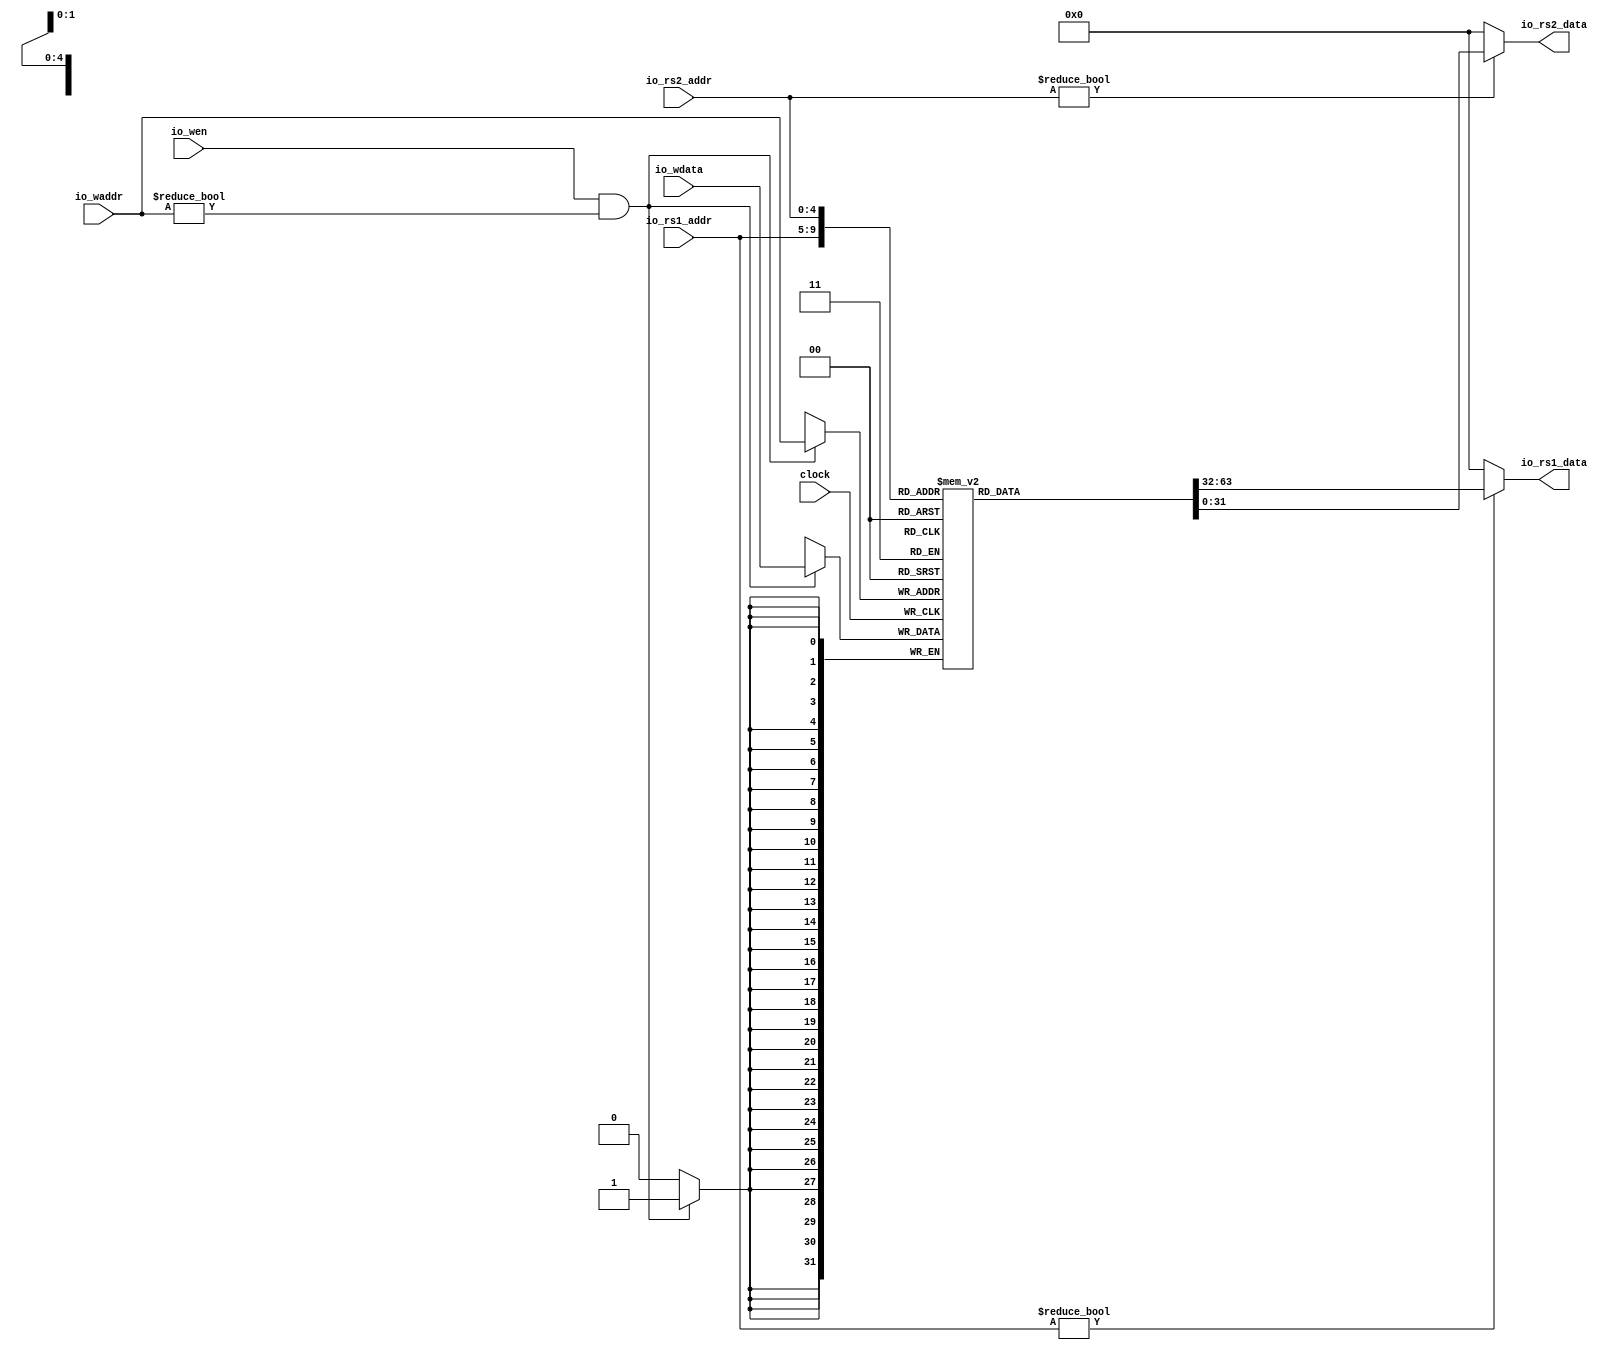
module Regfile( // @[:@4893.2]
  input         clock, // @[:@4894.4]
  input  [4:0]  io_rs1_addr, // @[:@4896.4]
  output [31:0] io_rs1_data, // @[:@4896.4]
  input  [4:0]  io_rs2_addr, // @[:@4896.4]
  output [31:0] io_rs2_data, // @[:@4896.4]
  input  [4:0]  io_waddr, // @[:@4896.4]
  input  [31:0] io_wdata, // @[:@4896.4]
  input         io_wen // @[:@4896.4]
);
  reg [31:0] regfile [0:31]; // @[Regfile.scala 24:21:@4898.4]
  reg [31:0] _RAND_0;
  wire [31:0] regfile__T_27_data; // @[Regfile.scala 24:21:@4898.4]
  wire [4:0] regfile__T_27_addr; // @[Regfile.scala 24:21:@4898.4]
  wire [31:0] regfile__T_32_data; // @[Regfile.scala 24:21:@4898.4]
  wire [4:0] regfile__T_32_addr; // @[Regfile.scala 24:21:@4898.4]
  wire [31:0] regfile__T_24_data; // @[Regfile.scala 24:21:@4898.4]
  wire [4:0] regfile__T_24_addr; // @[Regfile.scala 24:21:@4898.4]
  wire  regfile__T_24_mask; // @[Regfile.scala 24:21:@4898.4]
  wire  regfile__T_24_en; // @[Regfile.scala 24:21:@4898.4]
  wire  _T_22; // @[Regfile.scala 26:30:@4899.4]
  wire  _T_26; // @[Regfile.scala 30:35:@4905.4]
  wire  _T_31; // @[Regfile.scala 31:35:@4909.4]
  assign regfile__T_27_addr = io_rs1_addr;
  assign regfile__T_27_data = regfile[regfile__T_27_addr]; // @[Regfile.scala 24:21:@4898.4]
  assign regfile__T_32_addr = io_rs2_addr;
  assign regfile__T_32_data = regfile[regfile__T_32_addr]; // @[Regfile.scala 24:21:@4898.4]
  assign regfile__T_24_data = io_wdata;
  assign regfile__T_24_addr = io_waddr;
  assign regfile__T_24_mask = 1'h1;
  assign regfile__T_24_en = io_wen & _T_22;
  assign _T_22 = io_waddr != 5'h0; // @[Regfile.scala 26:30:@4899.4]
  assign _T_26 = io_rs1_addr != 5'h0; // @[Regfile.scala 30:35:@4905.4]
  assign _T_31 = io_rs2_addr != 5'h0; // @[Regfile.scala 31:35:@4909.4]
  assign io_rs1_data = _T_26 ? regfile__T_27_data : 32'h0; // @[Regfile.scala 30:16:@4908.4]
  assign io_rs2_data = _T_31 ? regfile__T_32_data : 32'h0; // @[Regfile.scala 31:16:@4912.4]
`ifdef RANDOMIZE_GARBAGE_ASSIGN
`define RANDOMIZE
`endif
`ifdef RANDOMIZE_INVALID_ASSIGN
`define RANDOMIZE
`endif
`ifdef RANDOMIZE_REG_INIT
`define RANDOMIZE
`endif
`ifdef RANDOMIZE_MEM_INIT
`define RANDOMIZE
`endif
`ifndef RANDOM
`define RANDOM $random
`endif
`ifdef RANDOMIZE
  integer initvar;
  initial begin
    `ifdef INIT_RANDOM
      `INIT_RANDOM
    `endif
    `ifndef VERILATOR
      #0.002 begin end
    `endif
  _RAND_0 = {1{`RANDOM}};
  `ifdef RANDOMIZE_MEM_INIT
  for (initvar = 0; initvar < 32; initvar = initvar+1)
    regfile[initvar] = _RAND_0[31:0];
  `endif // RANDOMIZE_MEM_INIT
  end
`endif // RANDOMIZE
  always @(posedge clock) begin
    if(regfile__T_24_en & regfile__T_24_mask) begin
      regfile[regfile__T_24_addr] <= regfile__T_24_data; // @[Regfile.scala 24:21:@4898.4]
    end
  end
endmodule